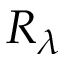
R _ { \lambda }